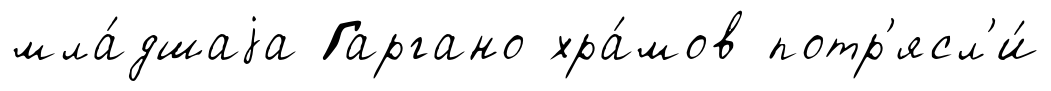
мла́дшаjа Гаргано хра́мов потр'ясл'и́